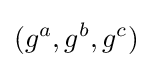
(g^{a},g^{b},g^{c})